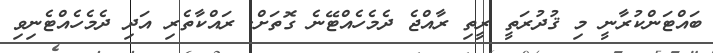
ބައްޓަންކުރާނީ މި ޤުދުރަތީ ރީތި ރާއްޖެ ދެމެހެއްޓޭނެ ގޮތަށް. ރައްކާތެރި އަދި ދެމެހެއްޓެނިވި